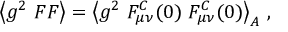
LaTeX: \big < g ^ { 2 } ~ F F \big > = \big < g ^ { 2 } ~ F _ { \mu \nu } ^ { C } ( 0 ) \ F _ { \mu \nu } ^ { C } ( 0 ) \big > _ { A } ~ ,